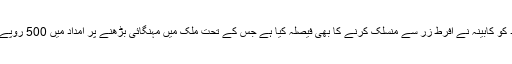
حال ہی میں اس امداد کو کابینہ نے افرط زر سے منسلک کرنے کا بھی فیصلہ کیا ہے جس کے تحت ملک میں مہنگائی بڑھنے پر امداد میں 500 روپے اضافہ کیا جائے گا۔